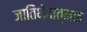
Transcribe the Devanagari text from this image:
जातिभेदात्मक